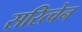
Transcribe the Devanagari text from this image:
सरित्चेन